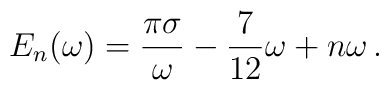
E_n(\omega) = \frac{\pi\sigma}{\omega} - \frac{7}{12} \omega + n \omega \,.